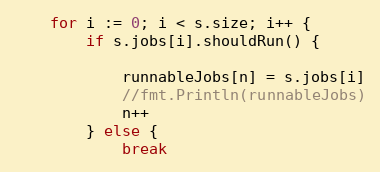
Language: Go
	for i := 0; i < s.size; i++ {
		if s.jobs[i].shouldRun() {

			runnableJobs[n] = s.jobs[i]
			//fmt.Println(runnableJobs)
			n++
		} else {
			break